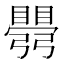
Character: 𥋡